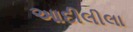
આદીલીલા